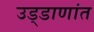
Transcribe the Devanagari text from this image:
उड्डाणांत